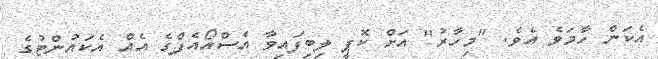
އެކަން ހާމަވެ އެވެ. "މިހާރު" އަށް ކޮޕީ ލިބިފައިވާ އެސްއޯއެފްގެ އެއް އެކައުންޓުގެ